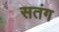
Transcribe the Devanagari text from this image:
सतंग